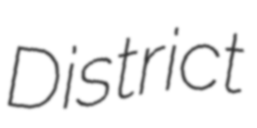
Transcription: District